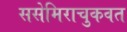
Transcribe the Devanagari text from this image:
ससेमिराचुकवत